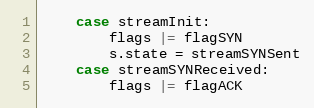
Language: Go
	case streamInit:
		flags |= flagSYN
		s.state = streamSYNSent
	case streamSYNReceived:
		flags |= flagACK